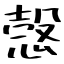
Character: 愨